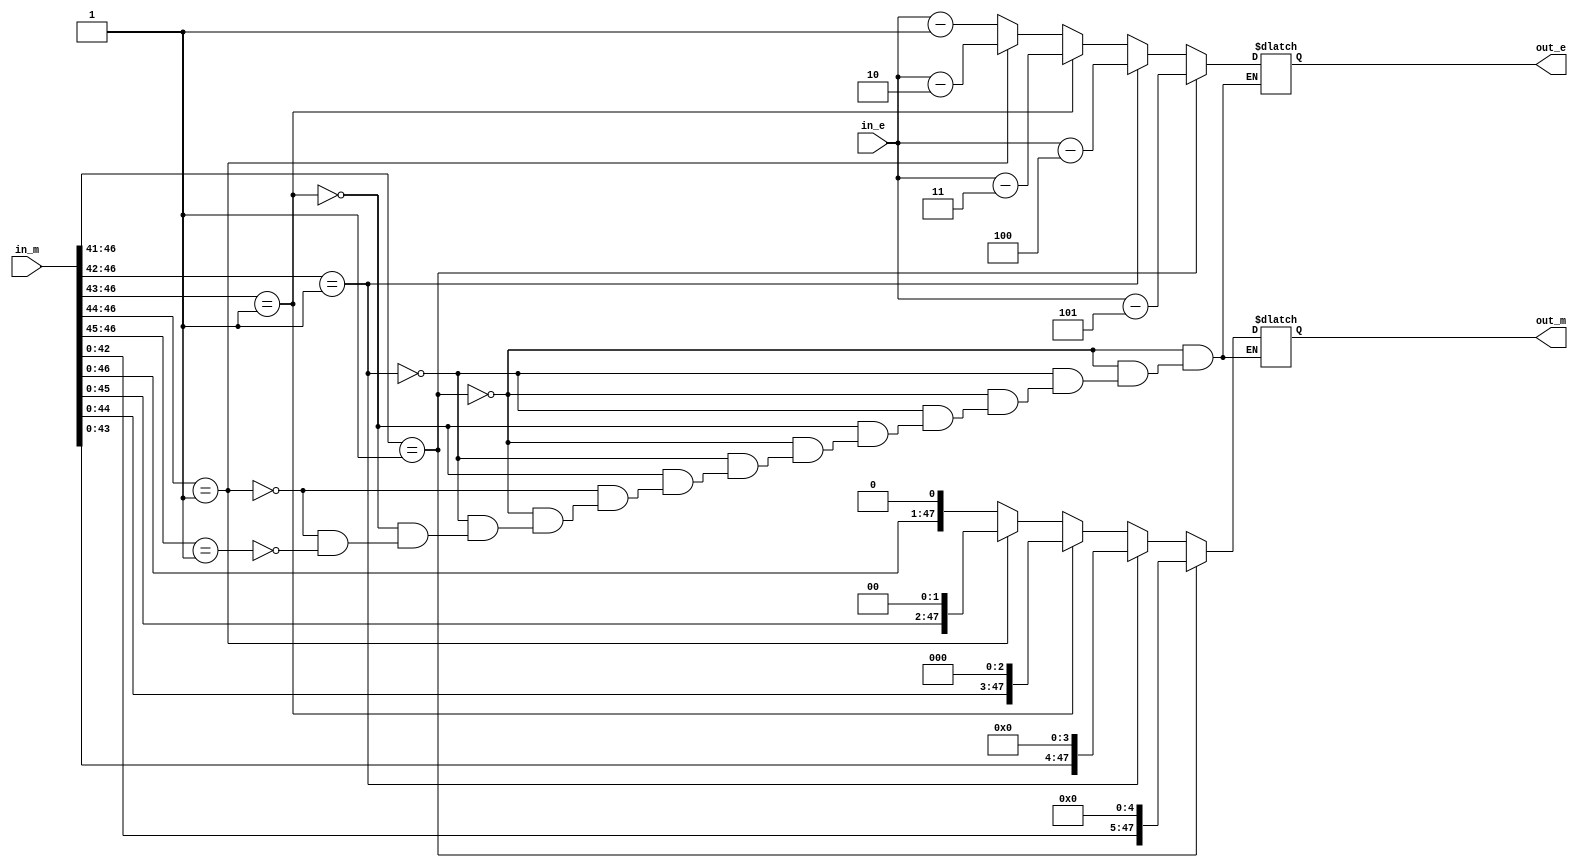
module multiplication_normaliser(in_e, in_m, out_e, out_m);
  input [7:0] in_e;
  input [47:0] in_m;
  output [7:0] out_e;
  output [47:0] out_m;

  wire [7:0] in_e;
  wire [47:0] in_m;
  reg [7:0] out_e;
  reg [47:0] out_m;

  always @ ( * ) begin
	  if (in_m[46:41] == 6'b000001) begin
			out_e = in_e - 5;
			out_m = in_m << 5;
		end else if (in_m[46:42] == 5'b00001) begin
			out_e = in_e - 4;
			out_m = in_m << 4;
		end else if (in_m[46:43] == 4'b0001) begin
			out_e = in_e - 3;
			out_m = in_m << 3;
		end else if (in_m[46:44] == 3'b001) begin
			out_e = in_e - 2;
			out_m = in_m << 2;
		end else if (in_m[46:45] == 2'b01) begin
			out_e = in_e - 1;
			out_m = in_m << 1;
		end
  end
endmodule